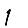
Digit: 1